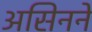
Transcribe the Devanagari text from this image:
असिनने